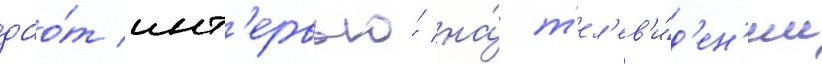
дао́т инт'ервью́ на́ т'ел'ев'и́д'ен'ии